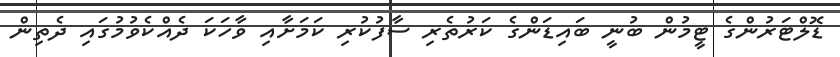
ޑޮލްޓަރުންގެ ޓީމުން ބުނީ ބައިޑަންގެ ކަރުތެރި ސާފުކުރި ކަމަށާއި ވާހަކަ ދެއްކެވުމުގައި ދެތިން